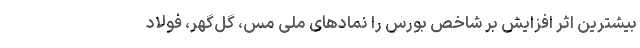
بیشترین اثر افزایش بر شاخص بورس را نمادهای ملی مس، گل‌گهر، فولاد